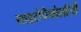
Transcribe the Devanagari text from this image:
साइटोपैथोलॉजी